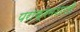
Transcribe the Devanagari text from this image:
पराक्रमशाली